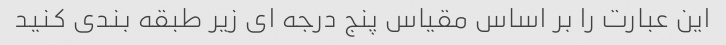
این عبارت را بر اساس مقیاس پنج درجه ای زیر طبقه بندی کنید